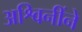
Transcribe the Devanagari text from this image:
अश्विनींने